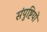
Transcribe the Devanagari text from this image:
संपुष्टियों